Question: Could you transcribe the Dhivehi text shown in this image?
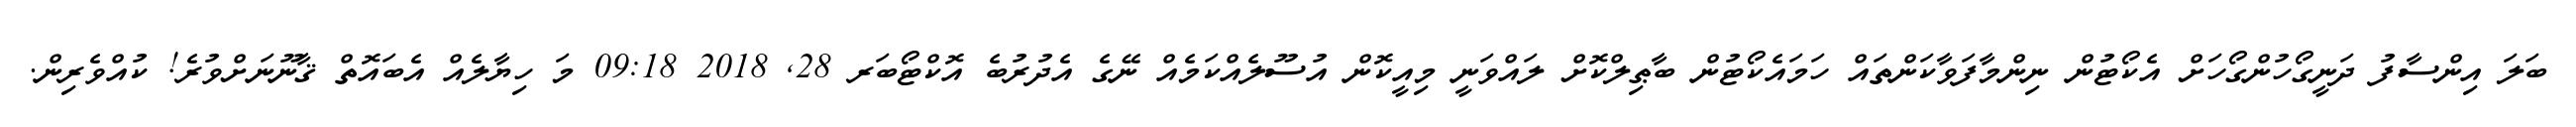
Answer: ބަލަ އިންސާފު ދަނީގޯހުންގޯހަށް އެކޯޓުން ނިންމާފަވާކަންތައް ހަމައެކޯޓުން ބާޠިލްކޮށް ލައްވަނީ މިއީކޮން އުސޫލެއްކަމެއް ނޭގެ އެދުރުބެ އޮކްޓޯބަރ 28, 2018 09:18 މަ ހިޔާލެއް އެބައޮތް ޤާނޫނަށްވުރެ! ކުއްވެރިން.